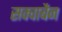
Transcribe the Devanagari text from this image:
सक्वाबैन